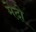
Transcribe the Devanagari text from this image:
मेदो